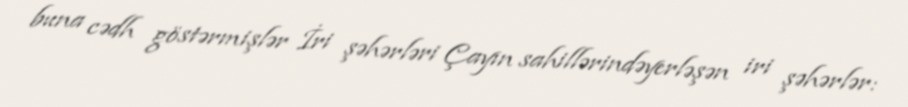
buna cədh göstərmişlər İri şəhərləri Çayın sahillərindəyerləşən iri şəhərlər: